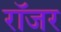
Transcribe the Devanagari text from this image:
राॅजर